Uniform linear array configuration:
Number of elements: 64
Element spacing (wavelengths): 0.5
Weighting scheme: blackman
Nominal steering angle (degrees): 30
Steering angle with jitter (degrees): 30.626
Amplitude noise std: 0.05
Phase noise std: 0.05

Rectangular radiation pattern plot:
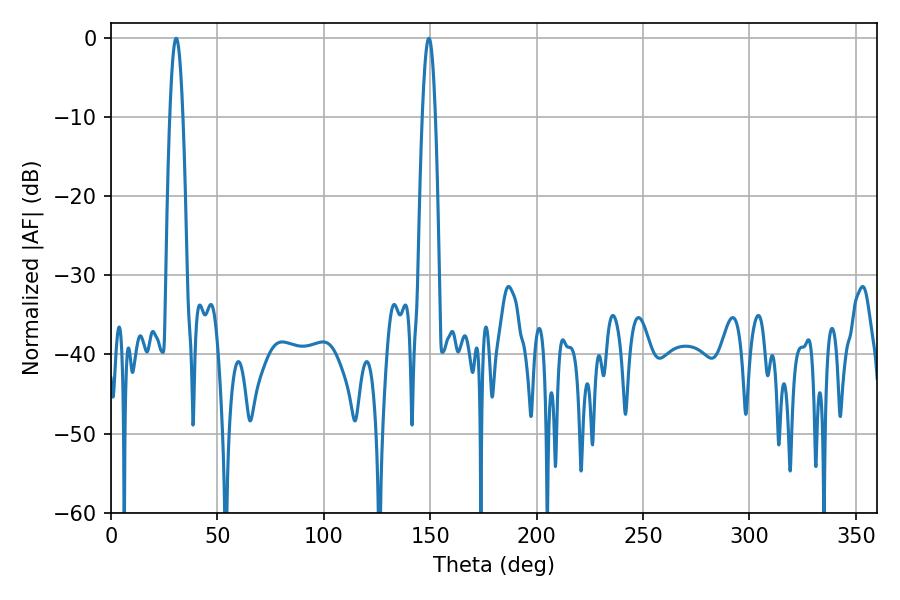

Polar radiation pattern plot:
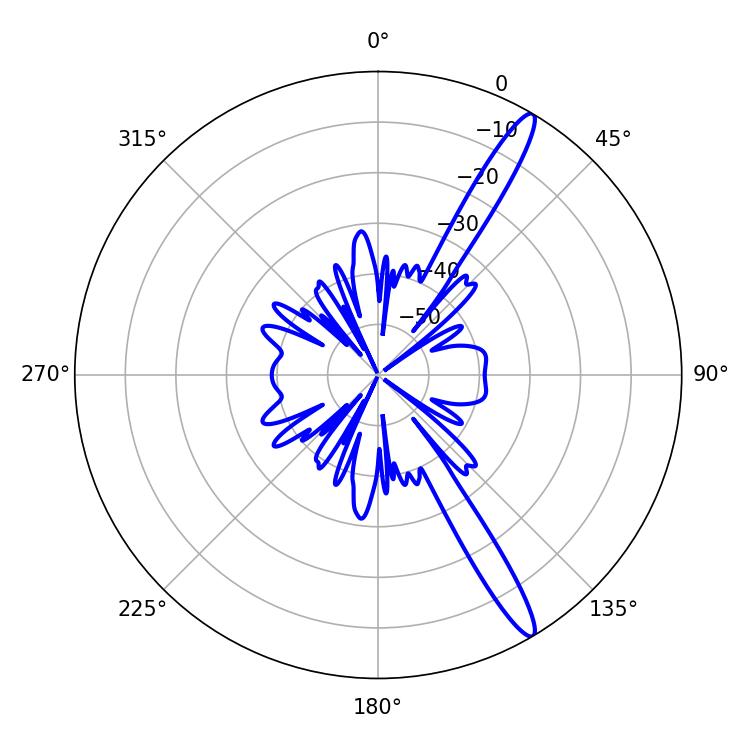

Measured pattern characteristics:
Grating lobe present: FALSE
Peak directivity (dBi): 14.847
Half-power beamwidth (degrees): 3.24
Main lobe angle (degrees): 30.6